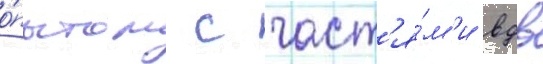
о́пытом с част'я́м'и вдв